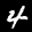
Label: 4